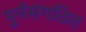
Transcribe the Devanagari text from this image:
पुर्नसंगठित